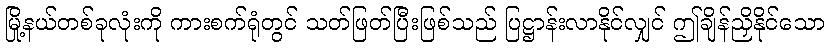
မြို့နယ်တစ်ခုလုံးကို ကားစက်ရုံတွင် သတ်ဖြတ်ပြီးဖြစ်သည် ပြဋ္ဌာန်းလာနိုင်လျှင် ဤချိန်ညှိနိုင်သော